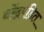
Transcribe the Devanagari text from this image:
नरेंद्रपंडित